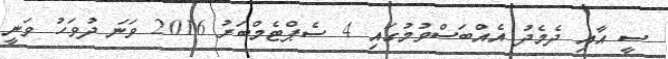
ސީ އާއި ދެމެދު އެއްބަސްވުމުގައި 4 ސެޕްޓެމްބަރު 2016 ވަނަ ދުވަހު ވަނީ